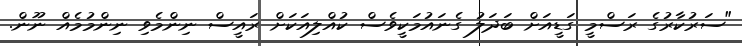
"ސަރުކާރުގެ ރަސްމީ ގަޑީއަށް ބަދަލު ގެނައުމަކީވެސް ކުއްލިއަކަށް ރައީސް ނިންމެވި ނިންމުމެއް ނޫން.